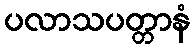
ပလာသပတ္တာနံ